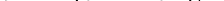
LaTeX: \smash{\sigma^{\pm}=(\sigma^{x}\pm\mathbf{i}\sigma^{y})/2}